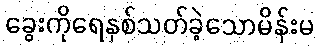
ခွေးကိုရေနှစ်သတ်ခဲ့သောမိန်းမ